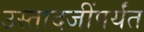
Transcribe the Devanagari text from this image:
उस्तादजींपर्यंत